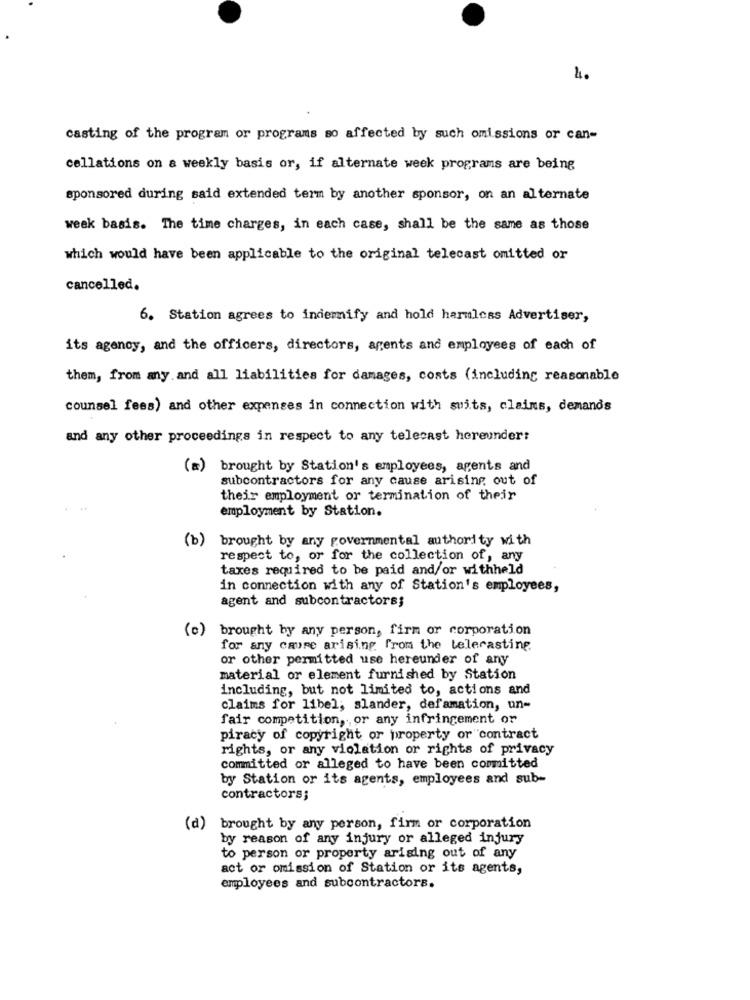
4.
casting of the program or programs so affected by such omissions or can-
cellations on a weekly basis or, if alternate week programs are being
sponsored during said extended term by another sponsor, on an alternate
week basis. The time charges, in each case, shall be the same as those
which would have been applicable to the original telecast omitted or
cancelled.
6. Station agrees to indemnify and hold harmless Advertiser,
its agency, and the officers, directors, agents and employees of each of
them, from any and all liabilities for damages, costs (including reasonable
counsel fees) and other expenses in connection with suits, clains, demands
and any other proceedings in respect to any telecast hereunder:
(=)
brought by Station's employees, agents and
subcontractors for any cause arising out of
their employment or termination of their
employment by Station.
(b)
brought by any governmental authority with
respect to, or for the collection of, any
taxes required to be paid and/or withheld
in connection with any of Station's employees,
agent and subcontractors;
(c) brought by any person, firm or corporation
for any caure arising from the telecasting.
or other permitted use hereunder of any
material or element furnished by Station
including, but not limited to, actions and
claims for libel; slander, defamation, un-
fair competition, or any infringement or
piracy of copyright or property or contract
rights, or any violation or rights of privacy
committed or alleged to have been committed
by Station or its agents, employees and sub-
contractors;
(d) brought by any person, firm or corporation
by reason of any injury or alleged injury
to person or property arising out of any
act or omission of Station or its agents,
employees and subcontractors.